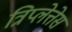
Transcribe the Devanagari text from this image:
त्रिप्लेत्तेस